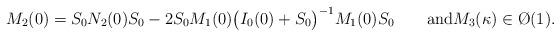
LaTeX: \begin{align*}M_2(0)=S_0N_2(0)S_0 -2 S_0M_1(0)\big(I_0(0)+S_0\big)^{-1}M_1(0)S_0\qquad\hbox{and}M_3(\kappa)\in\O(1).\end{align*}